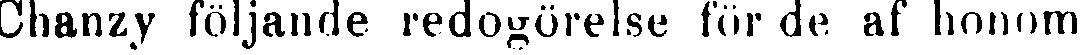
Chanzy följande redogörelse for de af honom